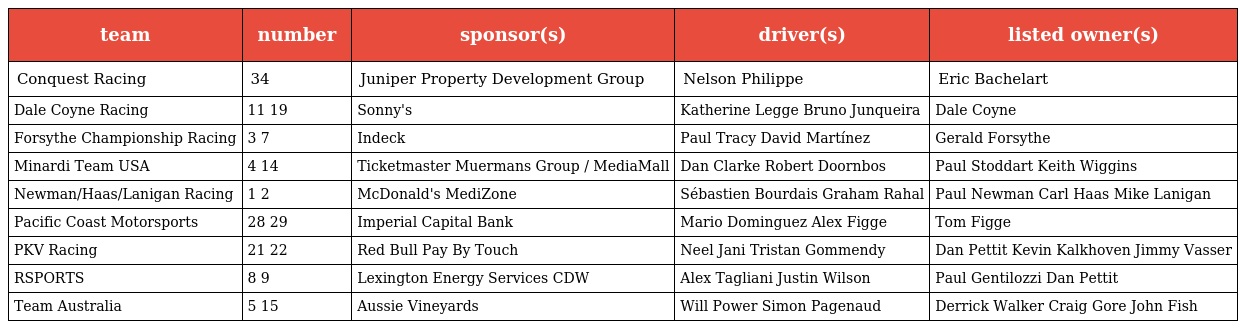
| team | number | sponsor(s) | driver(s) | listed owner(s) |
 | --- | --- | --- | --- | --- |
 | Conquest Racing | 34 | Juniper Property Development Group | Nelson Philippe | Eric Bachelart |
 | Dale Coyne Racing | 11 19 | Sonny's | Katherine Legge Bruno Junqueira | Dale Coyne |
 | Forsythe Championship Racing | 3 7 | Indeck | Paul Tracy David Martínez | Gerald Forsythe |
 | Minardi Team USA | 4 14 | Ticketmaster Muermans Group / MediaMall | Dan Clarke Robert Doornbos | Paul Stoddart Keith Wiggins |
 | Newman/Haas/Lanigan Racing | 1 2 | McDonald's MediZone | Sébastien Bourdais Graham Rahal | Paul Newman Carl Haas Mike Lanigan |
 | Pacific Coast Motorsports | 28 29 | Imperial Capital Bank | Mario Dominguez Alex Figge | Tom Figge |
 | PKV Racing | 21 22 | Red Bull Pay By Touch | Neel Jani Tristan Gommendy | Dan Pettit Kevin Kalkhoven Jimmy Vasser |
 | RSPORTS | 8 9 | Lexington Energy Services CDW | Alex Tagliani Justin Wilson | Paul Gentilozzi Dan Pettit |
 | Team Australia | 5 15 | Aussie Vineyards | Will Power Simon Pagenaud | Derrick Walker Craig Gore John Fish |